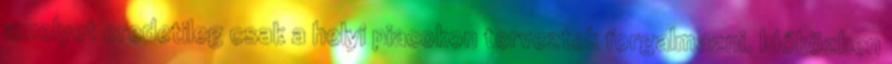
amelyet eredetileg csak a helyi piacokon terveztek forgalmazni. Időközben